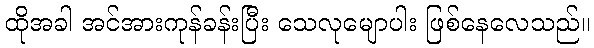
ထိုအခါ အင်အားကုန်ခန်းပြီး သေလုမျောပါး ဖြစ်နေလေသည်။